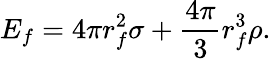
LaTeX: E_{f}=4\pi r_{f}^{2}\sigma+{\frac{4\pi}{3}}r_{f}^{3}\rho.